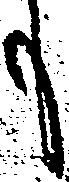
も